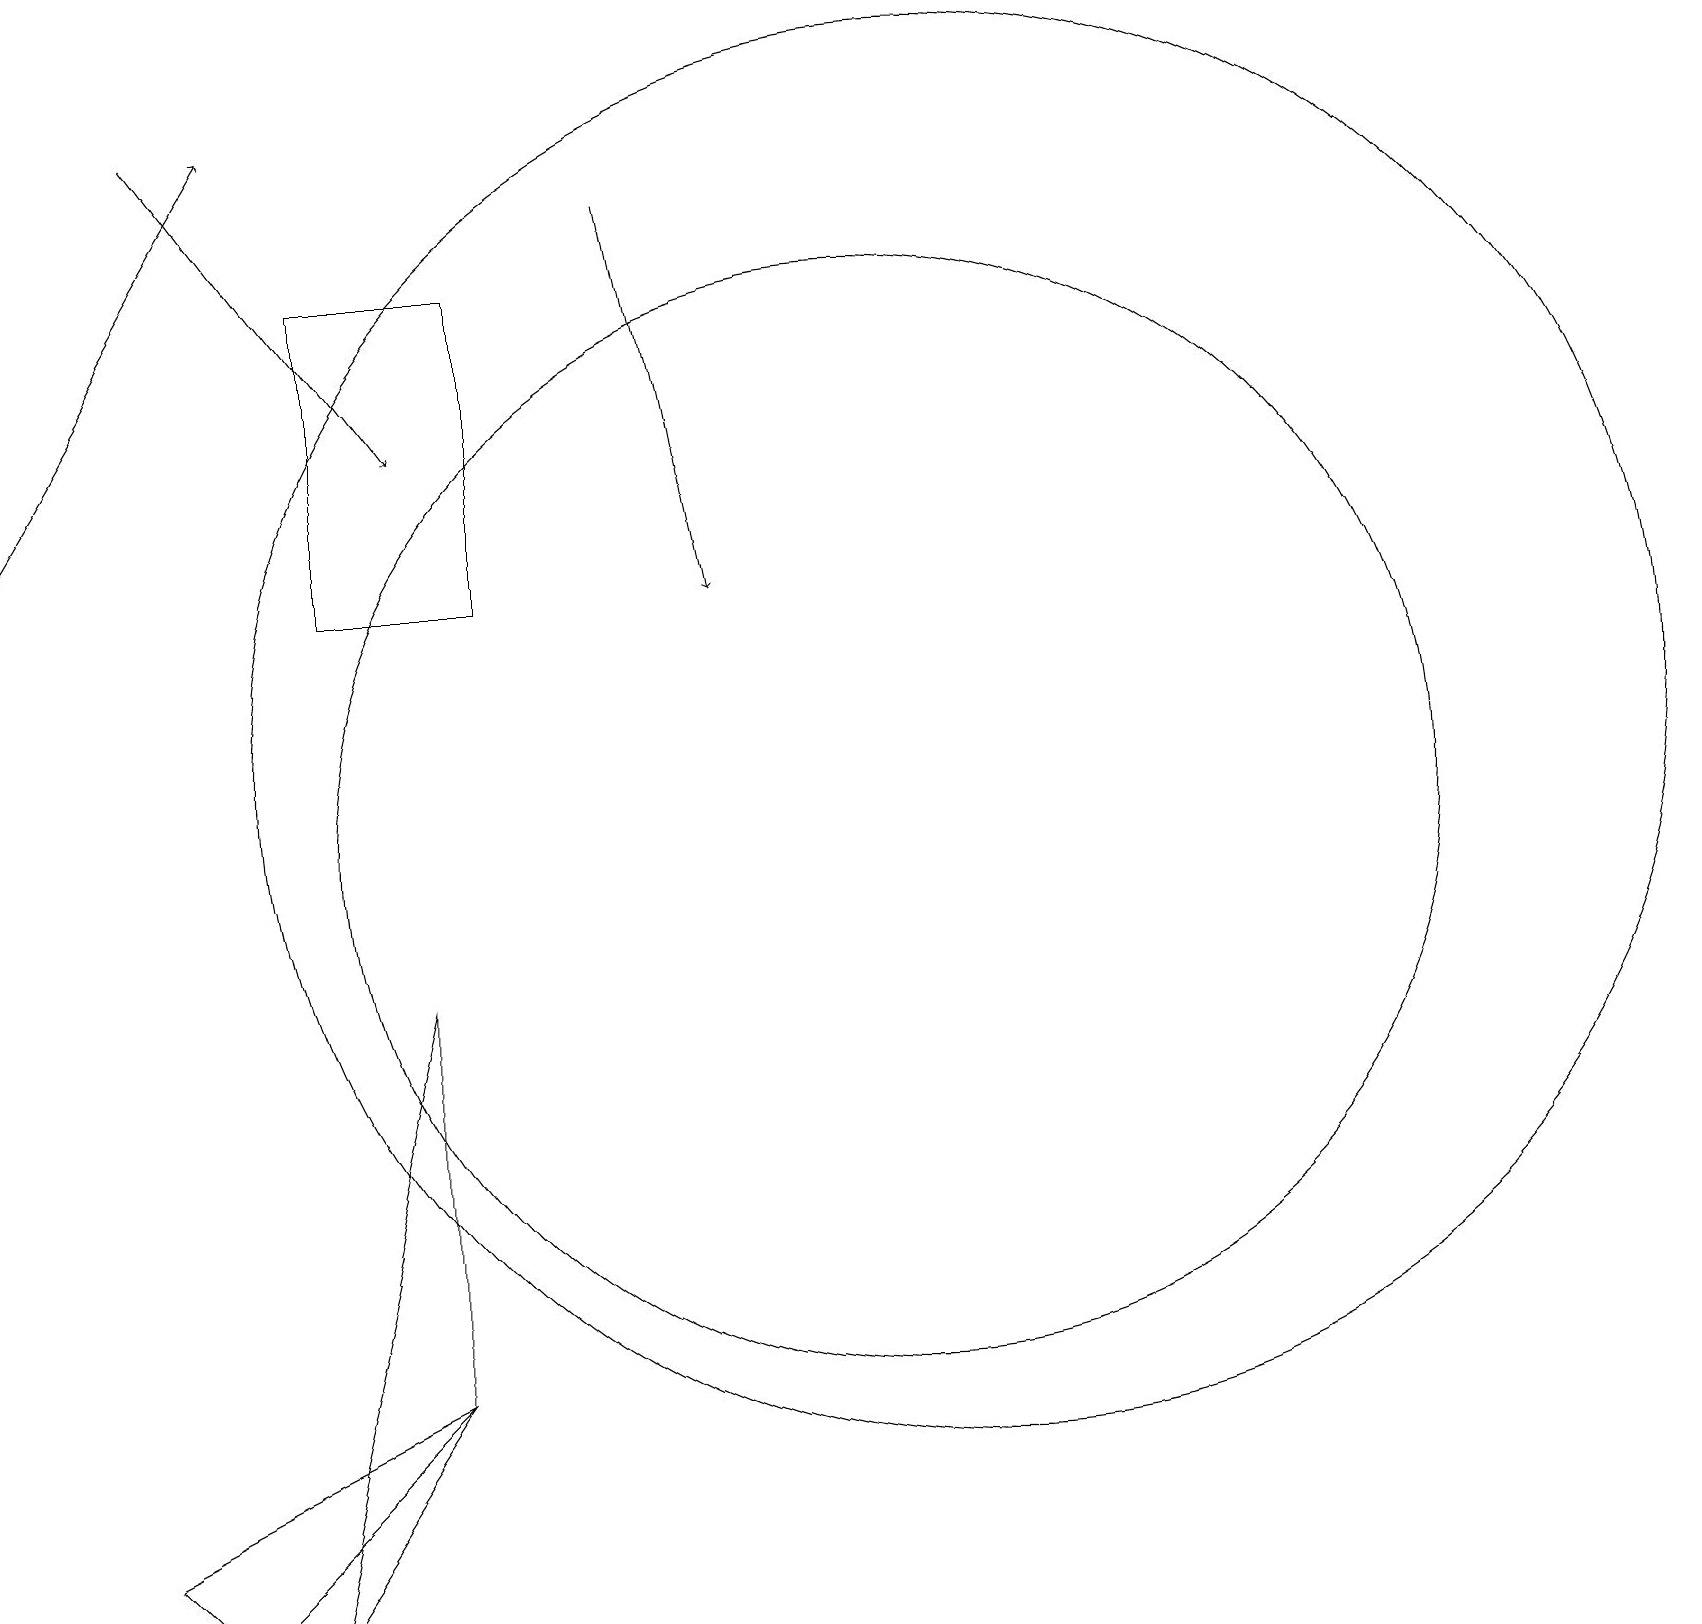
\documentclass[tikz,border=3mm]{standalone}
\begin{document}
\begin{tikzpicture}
\draw (1,1) -- (2,0) -- (5,3) -- cycle;
\draw (12,11) circle (9);
\draw[->] (0,14) -- (3,19);
\draw (3,0) -- (5,3) -- (5,8) -- cycle;
\draw (11,10) circle (7);
\draw (6,13) rectangle (4,17);
\draw[->] (2,19) -- (5,15);
\draw[->] (8,18) -- (9,13);
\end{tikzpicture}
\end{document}